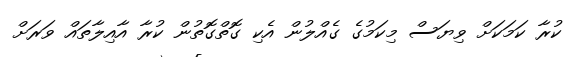
ކުރާ ކަމަކަށް ވިޔަސް މިކަމުގެ ގެއްލުން އެކި ގޮތްގޮތުން ކުރާ އާއިލާތައް ވަރަށް